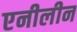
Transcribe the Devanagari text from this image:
एनीलीन